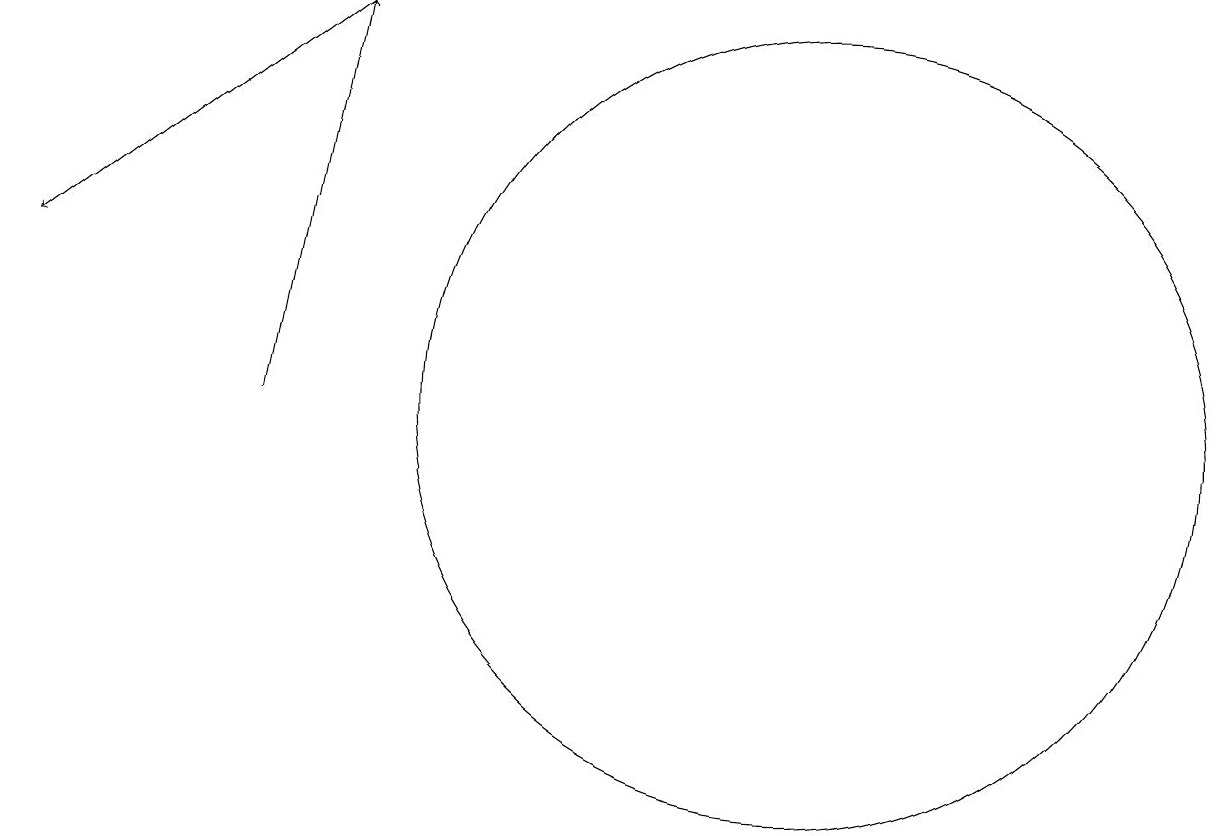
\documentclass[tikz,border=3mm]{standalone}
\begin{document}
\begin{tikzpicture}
\draw[->] (5,15) -- (1,12);
\draw[->] (4,10) -- (5,15);
\draw (11,10) circle (5);
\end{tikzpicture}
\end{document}